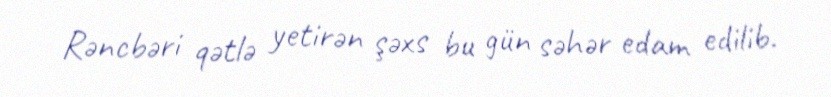
Rəncbəri qətlə yetirən şəxs bu gün səhər edam edilib.